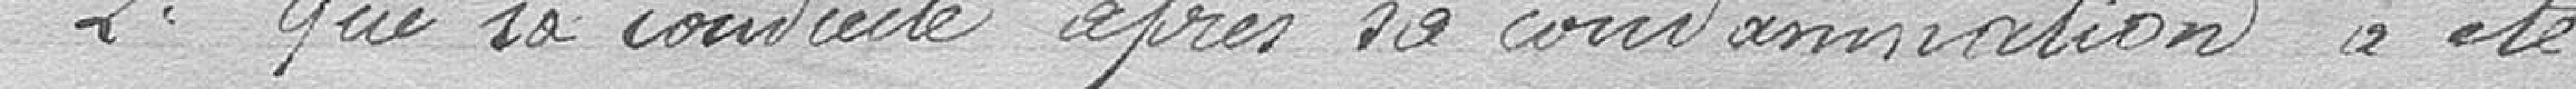
2 que sa conduite après sa condamnation a été